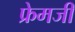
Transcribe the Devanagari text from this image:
फ्रेमजी